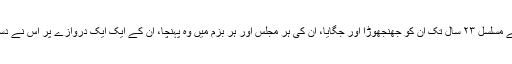
رسول نے مسلسل ۲۳ سال تک ان کو جھنجھوڑا اور جگایا، ان کی ہر مجلس اور ہر بزم میں وہ پہنچا، ان کے ایک ایک دروازے پر اس نے دستک دی۔